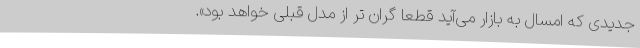
جدیدی که امسال به بازار می‌آید قطعاً گران تر از مدل قبلی خواهد بود».